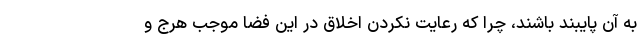
به آن پایبند باشند، چرا که رعایت نکردن اخلاق در این فضا موجب هرج و